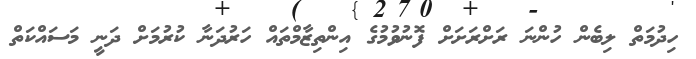
ހިދުމަތް ލިބެން ހުންނަ ރަށްރަށަށް ފޮނުވުމުގެ އިންތިޒާމްތައް ހަރުދަނާ ކުރުމަށް ދަނީ މަސައްކަތް